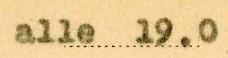
alle 19.0